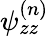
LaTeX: \psi_{zz}^{(n)}